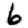
Digit: 6